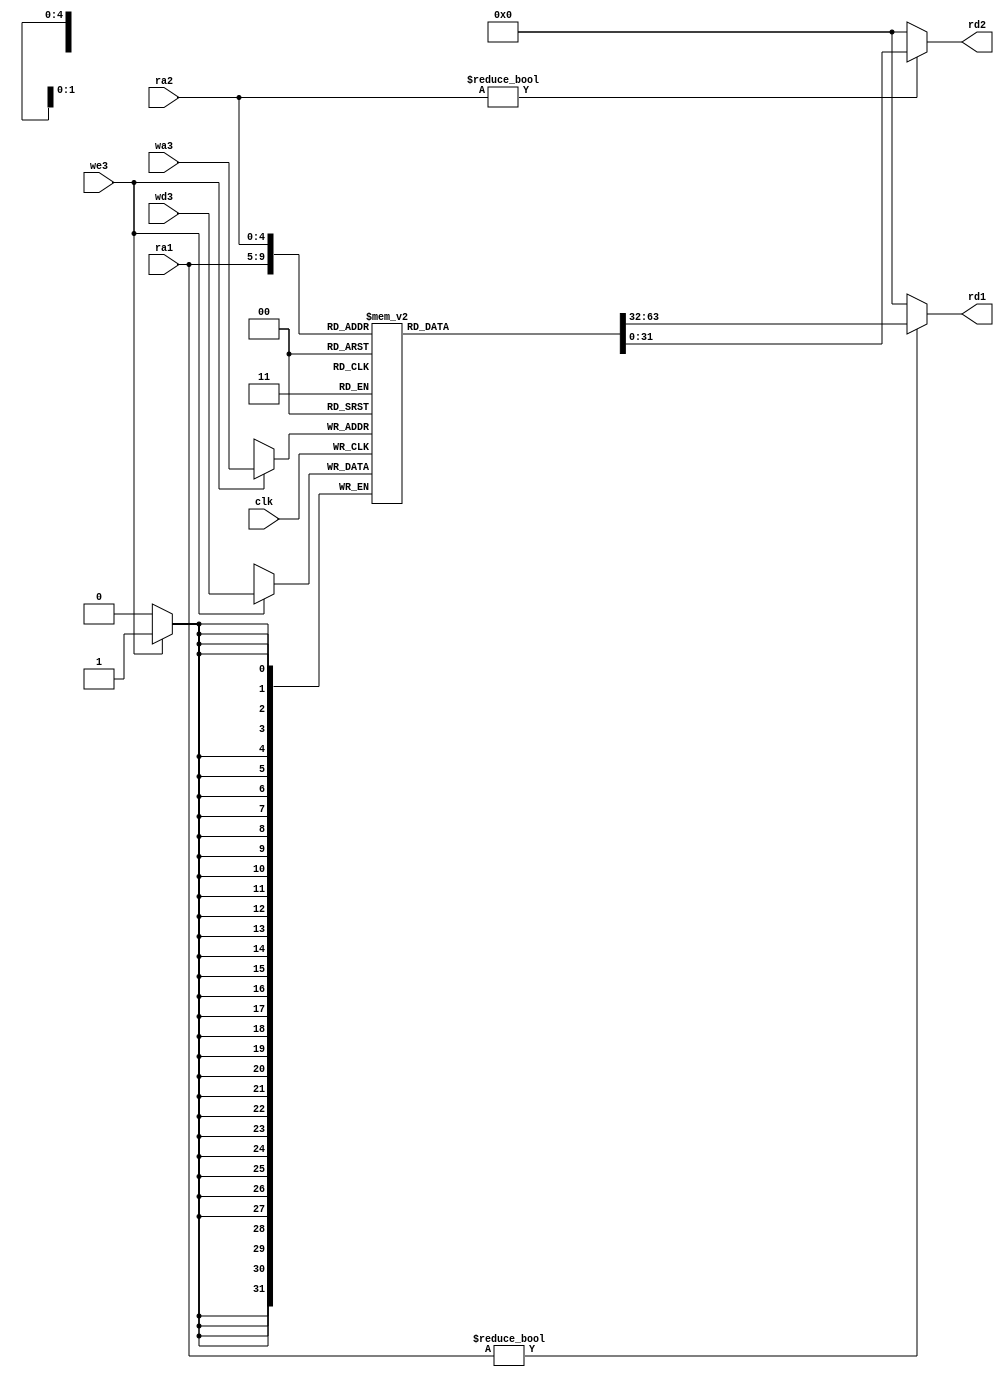
//------------------------------------------------
// mipsparts.sv
// Updated to SystemVerilog - Harris Harris version
// Components used in MIPS processor
//------------------------------------------------

module regfile(input          clk,
               input          we3,
               input   [4:0]  ra1, ra2, wa3,
               input   [31:0] wd3,
               output  [31:0] rd1, rd2);

  reg [31:0] rf[31:0];

  // three ported register file
  // read two ports combinationally
  // write third port on rising edge of clock
  // register 0 hardwired to 0


  always @(posedge clk) begin
    if (we3) rf[wa3] <= wd3;
  end
  assign rd1 = (ra1 != 0) ? rf[ra1] : 0;
  assign rd2 = (ra2 != 0) ? rf[ra2] : 0;
endmodule

module adder(input   [31:0] a, b,
             output  [31:0] y);

  assign y = a + b;
endmodule

module sl2(input   [31:0] a,
           output  [31:0] y);

  // shift left by 2
  assign y = {a[29:0], 2'b00};
endmodule
module signext(input   [15:0] a,
               //input   alusrc,
               //input   [3:0]alucontrol,
               output  [31:0] y);
//  assign y = (alucontrol== 4'b0101 && alusrc == 1'b1 )? {{16{1'b0}},a}:{{16{a[15]}}, a};
  assign y = {{16{a[15]}}, a};
endmodule

module flopr #(parameter WIDTH = 8)
              (input               clk, reset,
               input   [WIDTH-1:0] d,
               output reg [WIDTH-1:0] q);

  always @(posedge clk, posedge reset) begin
    if (reset) q <= 0;
    else       q <= d;
  end
endmodule

module floprx2 #(parameter WIDTH = 8)
              (input               clk, reset,
               input   [WIDTH-1:0] d0,d1,
               output reg [WIDTH-1:0] q0,q1); 

  always @(posedge clk, posedge reset) begin
    if (reset) begin
      q0 <= 0;
      q1 <= 0;
    end
    else begin       
      q0 <= d0;
      q1 <= d1;
    end
  end 
endmodule

module flopenr #(parameter WIDTH = 8)
                (input               clk, reset,
                 input               en,
                 input   [WIDTH-1:0] d,
                 output reg [WIDTH-1:0] q);

  always @(posedge clk, posedge reset) begin
    if      (reset) q <= 0;
    else if (en)    q <= d;
  end
endmodule

module mux2 #(parameter WIDTH = 8)
             (input   [WIDTH-1:0] d0, d1,
              input               s,
              output  [WIDTH-1:0] y);

  assign y = s ? d1 : d0;
endmodule

module mux3 #(parameter WIDTH = 8)
             (input   [WIDTH-1:0] d0, d1, d2, 
              input   [1:0]       s,  
              output  [WIDTH-1:0] y); 

  assign #1 y = s[1] ? d2 : (s[0] ? d1 : d0); 
endmodule

module mux4 #(parameter WIDTH = 8)
             (input   [WIDTH-1:0] d0, d1, d2, d3, 
              input   [1:0]       s,  
              output reg [WIDTH-1:0] y); 

   always @(*) begin
      case(s)
         2'b00: y <= d0; 
         2'b01: y <= d1; 
         2'b10: y <= d2; 
         2'b11: y <= d3; 
      endcase
   end
endmodule